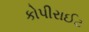
કોપીરાઈટ